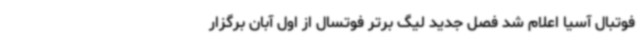
فوتبال آسیا اعلام شد فصل جدید لیگ برتر فوتسال از اول آبان برگزار